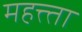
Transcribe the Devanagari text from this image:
महत्त्ता